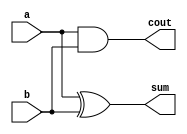
module halfadd (a, b, sum, cout);

input a,b;
output sum,cout;

assign sum = a ^ b;
assign cout = a&b;

endmodule